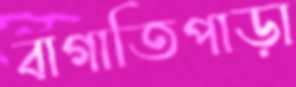
বাগাতিপাড়া